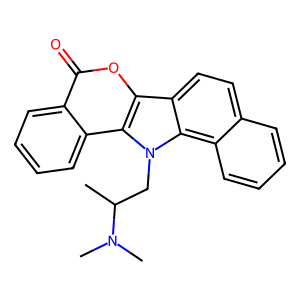
SMILES: CC(Cn1c2c3ccccc3ccc2c2oc(=O)c3ccccc3c21)N(C)C
Inhibits HIV replication: No